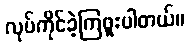
လုပ်ကိုင်ခဲ့ကြဖူးပါတယ်။